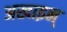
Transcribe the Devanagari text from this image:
अखाइन्